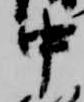
中